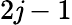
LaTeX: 2\mathit{j}-1